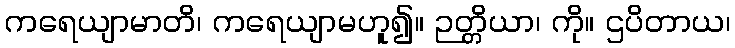
ကရေယျာမာတိ၊ ကရေယျာမဟူ၍။ ဉတ္တိယာ၊ ကို။ ဌပိတာယ၊